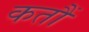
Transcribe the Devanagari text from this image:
कतौं